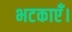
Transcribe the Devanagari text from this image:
भटकाएँ।